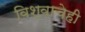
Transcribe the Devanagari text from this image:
विश्वाचेही